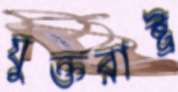
যুক্তরাষ্ট্র